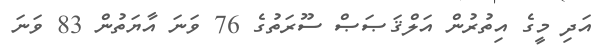
އަދި މީގެ އިތުރުން އަލްޤަޞަޞް ސޫރަތުގެ 76 ވަނަ އާޔަތުން 83 ވަނަ